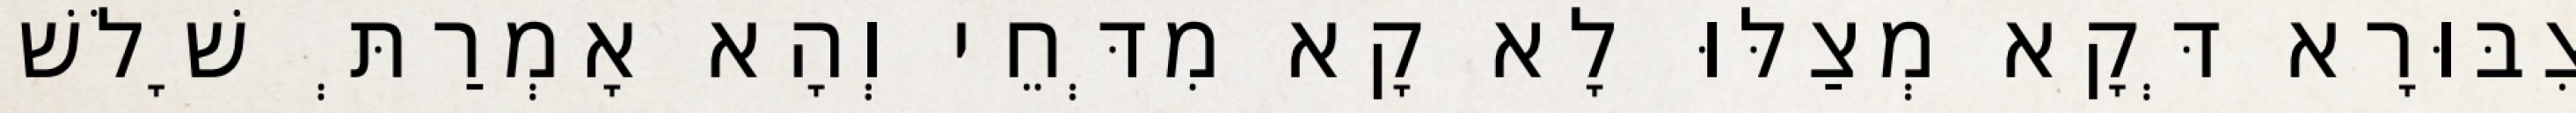
צִבּוּרָא דְּקָא מְצַלּוּ לָא קָא מִדְּחֵי וְהָא אָמְרַתְּ שָׁלֹשׁ